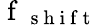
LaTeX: \mathrm{~f~}_{\mathrm{~s~h~i~f~t~}}